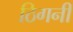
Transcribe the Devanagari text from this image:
ठिगनी